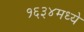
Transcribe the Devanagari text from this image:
१६३४मध्ये